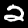
Digit: 2